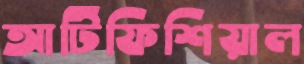
আর্টিফিশিয়াল